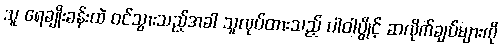
သူ ရေချိုးခန်းထဲ ဝင်သွားသည့်အခါ သူလုပ်ထားသည့် ပါဝါပွိုင့် ဆလိုက်ချပ်များကို